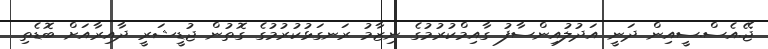
ޖޭ.އެސް.ސީއިން ދަނީ އަދުލުއިންސާފު ގާއިމްކުރުމުގެ ނިޒާމު ރަނގަޅުކުރުމުގެ ގޮތުން ޖުޑީޝަރީ ދާއިރާއަށް ބޮޑެތި